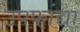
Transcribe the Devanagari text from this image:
उपफांद्या